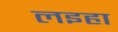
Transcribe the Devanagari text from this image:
लइहा